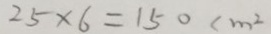
2 5 \times 6 = 1 5 0 c m ^ { 2 }